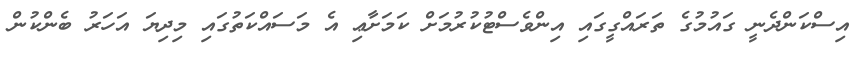
އިސްކަންދެނީ ގައުމުގެ ތަރައްގީގައި އިންވެސްޓުކުރުމަށް ކަމަށާޢި އެ މަސައްކަތުގައި މިދިޔަ އަހަރު ބެންކުން